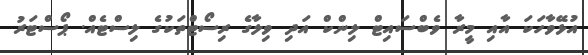
އުޅޭވާހަކަ އާއި މީރާ ވެބްސައިޓް ލިންކް އަދި ވިލާގެ ރިސޯޓްތަކުގެ ލިސްޓެއް. ޕޯސްޓަރު